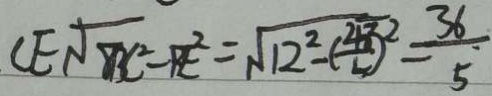
C E \sqrt { B C ^ { 2 } - B E } = \sqrt { 1 2 ^ { 2 } - ( \frac { 4 3 } { 5 } ) ^ { 2 } } = \frac { 3 6 } { 5 }